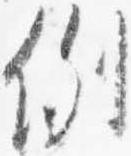
例